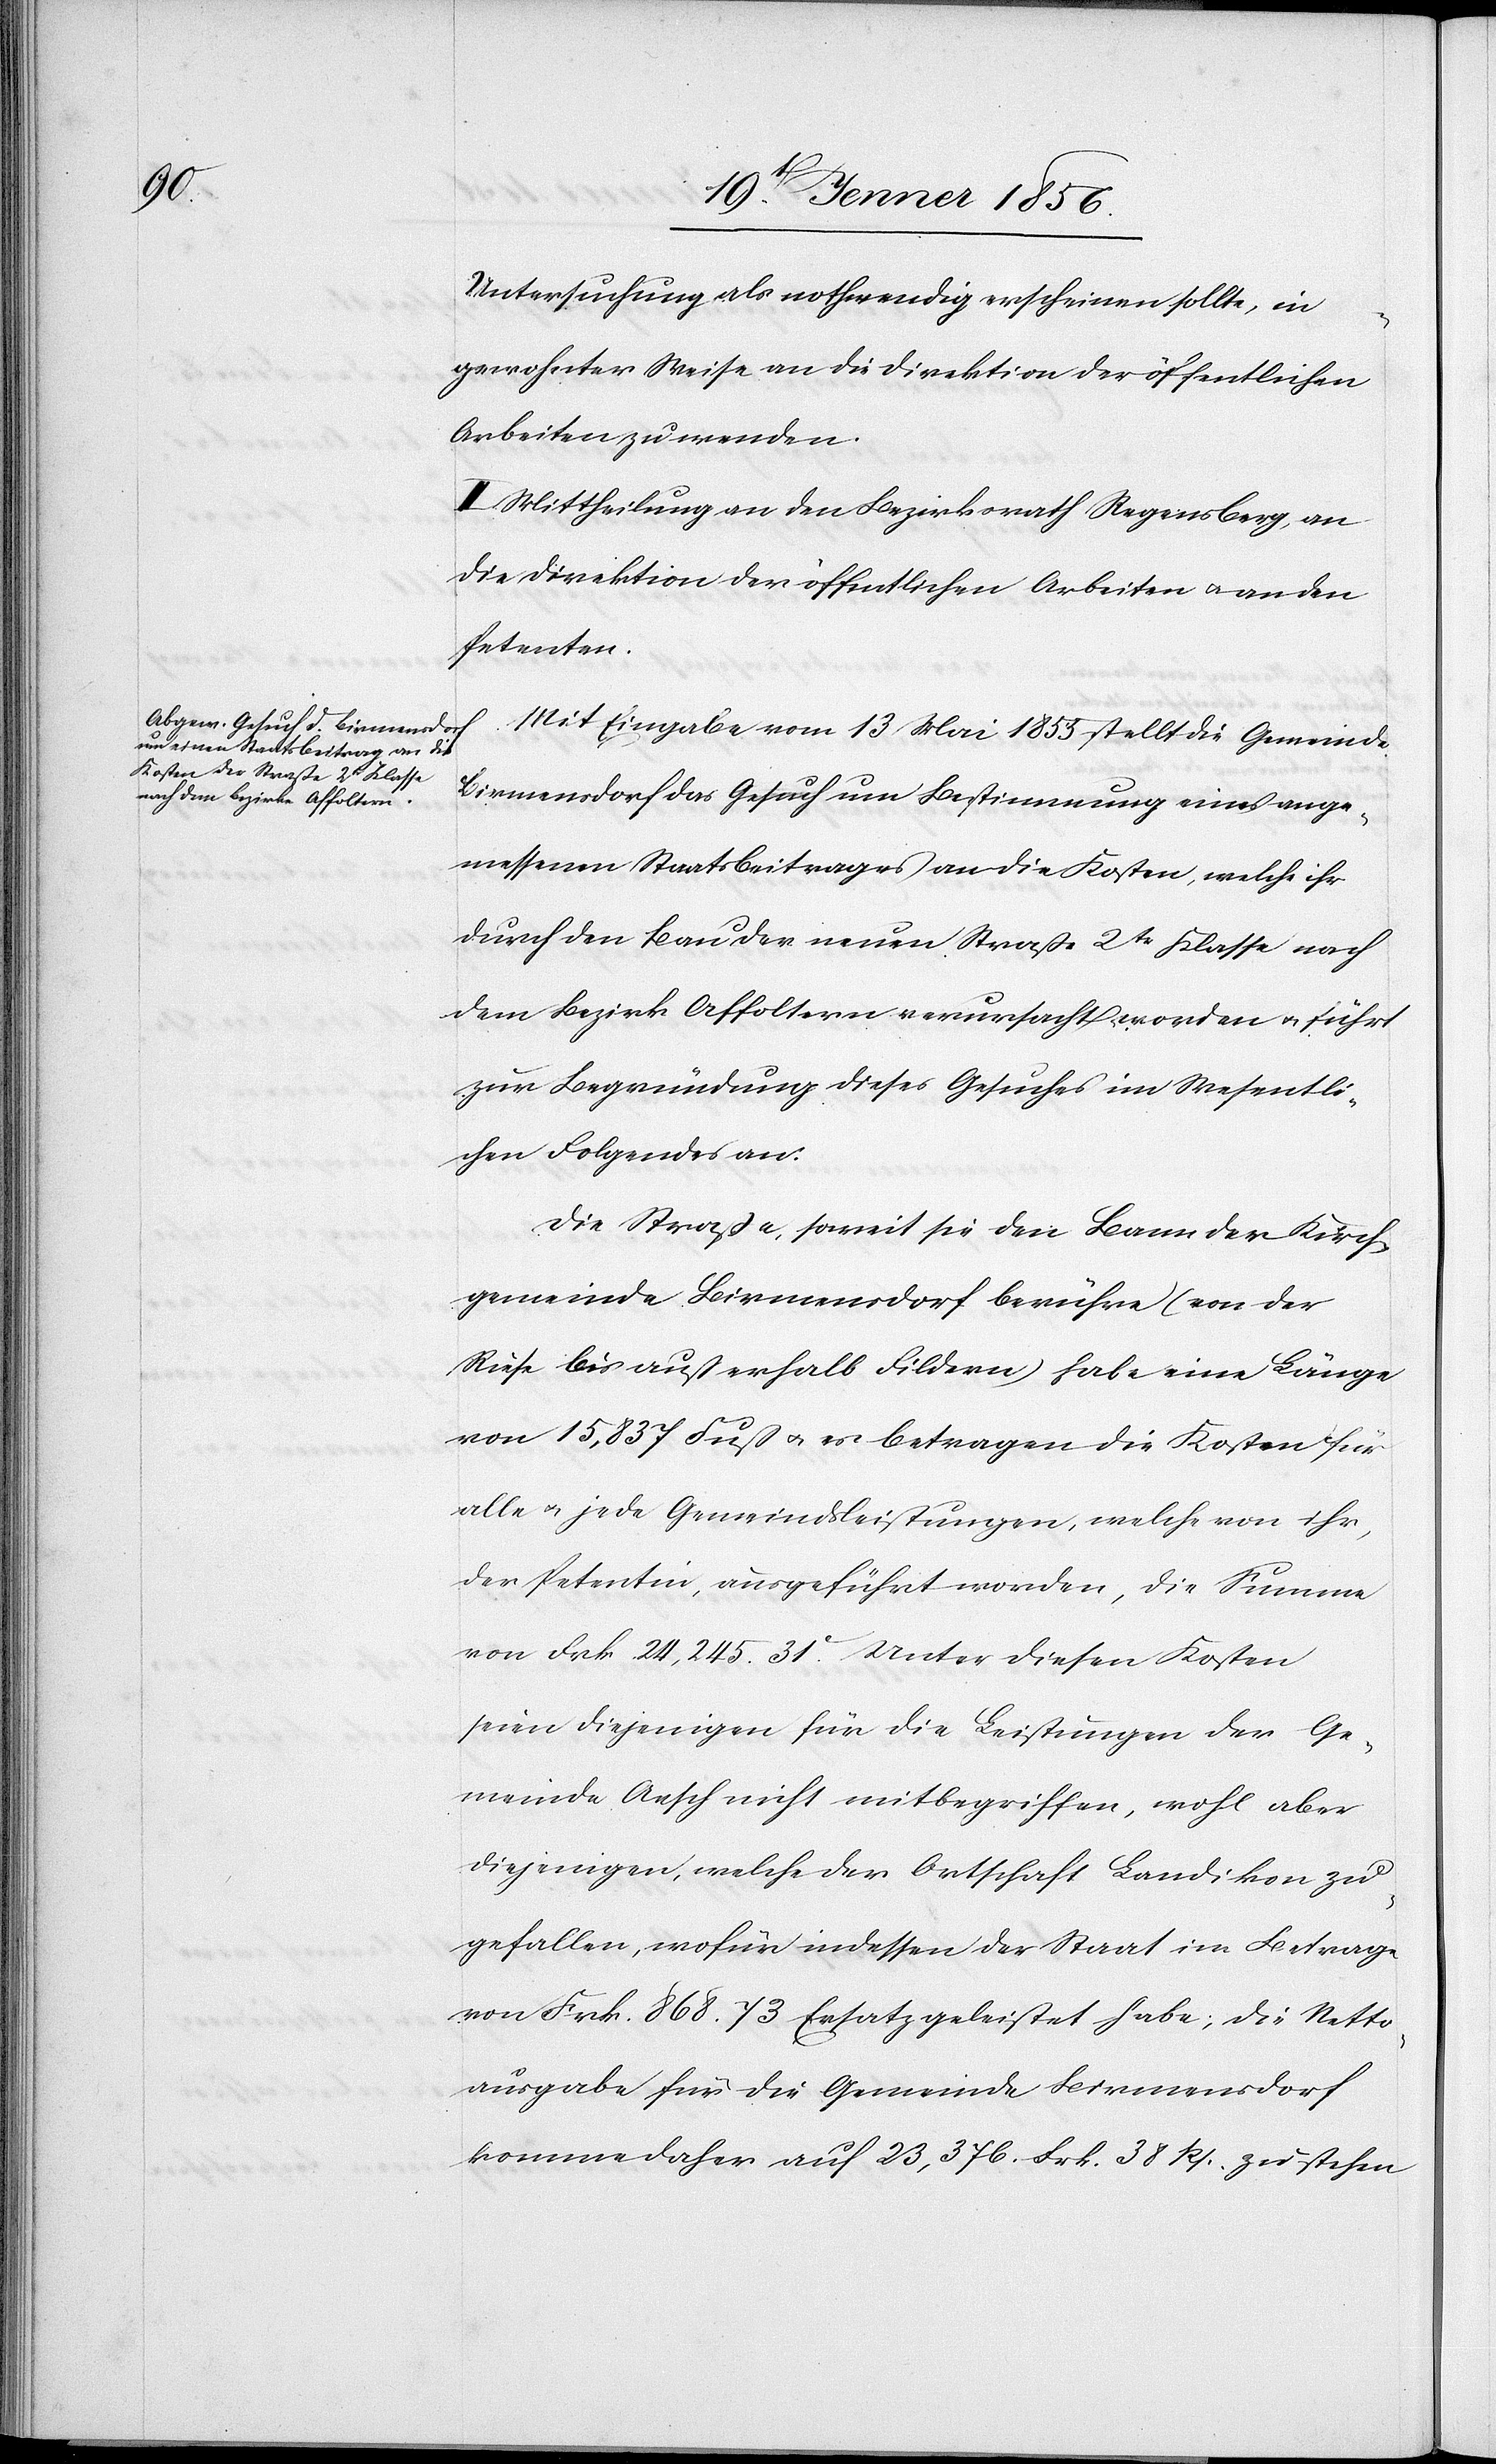
Untersuchung als nothwendig erscheinen sollte, in
gewohnter Weise an die Direktion der öffentlichen
Arbeiten zu wenden.
II. Mittheilung an den Bezirksrath Regensberg, an
die Direktion der öffentlichen Arbeiten u. an den
Petenten.
Mit Eingabe vom 13 Mai 1855 stellt die Gemeinde
Birmensdorf das Gesuch um Bestimmung eines ange¬
messenen Staatsbeitrages an die Kosten, welche ihr
durch den Bau der neuen Straße 2tr Klasse nach
dem Bezirk Affoltern verursacht worden u. führt
zur Begründung dieses Gesuches im Wesentli¬
chen Folgendes an:
Die Straße soweit sie den Bann der Kirch¬
gemeinde Birmensdorf berühre (von der
Riese bis außerhalb Fildern) habe eine Länge
von 15,837 Fuß u. es betragen die Kosten für
alle u. jede Gemeindsleistungen, welche von ihr,
der Petentin, ausgeführt worden, die Summe
von Frk 24,245. 31Rp. Unter diesen Kosten
seien diejenigen für die Leistungen der Ge¬
meinde Aesch nicht mitbegriffen, wohl aber
diejenigen, welche der Ortschaft Landikon zu¬
gefallen, wofür indessen der Staat im Betrage
von Frk. 868. 73 Ersatz geleistet habe; die Netto¬
ausgabe für die Gemeinde Birmensdorf
komme daher auf 23,376. Frk. 38 Rp. zu stehen